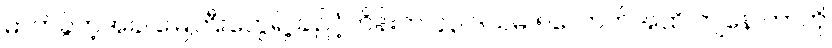
ဓာတ်ခွဲတဲ့အခါ မြေကြီးတွေရဲ့ ချဉ်ငံ့ကိန်းက ၄၃ ဒသမ ၅လောက်အထိ ကျနေ တာကို